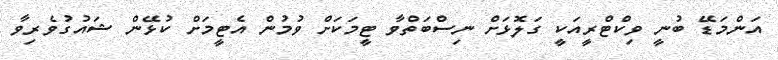
އަންމަޑޭ ބުނީ ވިކްޓްރީއަކީ ގަލޮޅަށް ނިސްބަތްވާ ޓީމަކަށް ވުމުން އެޓީމަށް ކުޅޭން ޝައުގުވެރިވާ